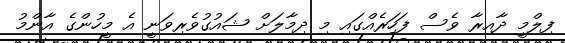
ފިލްމީ ދާއިރާ ވެސް ފަހަރެއްގައި މި ދިމާލަށް ޝައުގުވެރިވަނީ އެ މީހުންގެ އާންމު